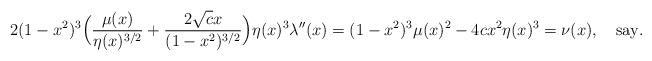
LaTeX: \begin{align*}2(1-x^2)^3 \Bigl(\frac{\mu(x)}{\eta(x)^{3/2}}+\frac{2\sqrt{c}x}{(1-x^2)^{3/2}}\Bigr)\eta(x)^3\lambda''(x)=(1-x^2)^{3}\mu(x)^2 -4c x^2 \eta(x)^3=\nu(x), \quad\mbox{say}.\end{align*}